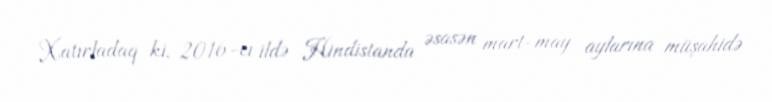
Xatırladaq ki, 2016-cı ildə Hindistanda əsasən mart-may aylarına müşahidə